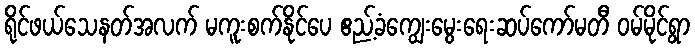
ရိုင်ဖယ်သေနတ်အလက် မကူးစက်နိုင်ပေ ဧည့်ခံကျွေးမွေးရေးဆပ်ကော်မတီ ဝမ်မိုင်ရွာ